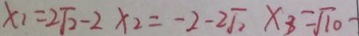
x _ { 1 } = 2 \sqrt { 2 } - 2 x _ { 2 } = - 2 - 2 \sqrt { 2 } x _ { 3 } = \sqrt { 1 0 } -